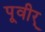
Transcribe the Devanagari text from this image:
पूवीर्